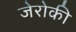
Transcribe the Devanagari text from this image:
जेरोकी